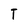
Character: T